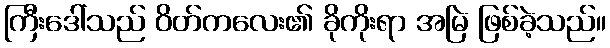
ကြီးဒေါ်သည် ဝိတ်ကလေး၏ ခိုကိုးရာ အမြဲ ဖြစ်ခဲ့သည်။